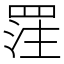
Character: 𮊈